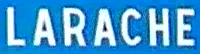
LARACHE